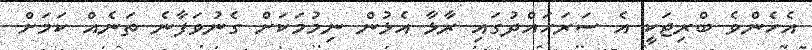
އެހެންވެ ބްރިޖަކީ އެ ސަރަހައްދުގައި ރާޅާ އެޅުން ނިމުމަކަށް ގެނުވަފާނެ ތަނެއް ކަމަށް